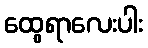
ထွေရာလေးပါး